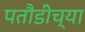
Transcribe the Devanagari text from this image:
पतौडीच्या